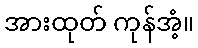
အားထုတ် ကုန်အံ့။